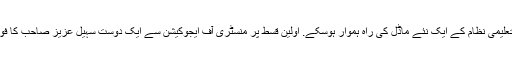
تاکہ تعلیمی نظام کے ایک نئے ماڈل کی راہ ہموار ہوسکے. اوّلین قسط پر منسٹری آف ایجوکیشن سے ایک دوست سہیل عزیز صاحب کا فون آیا۔